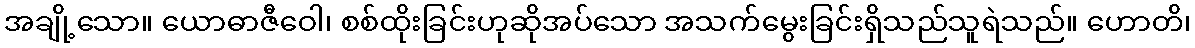
အချို့သော။ ယောဓာဇီဝေါ၊ စစ်ထိုးခြင်းဟုဆိုအပ်သော အသက်မွေးခြင်းရှိသည်သူရဲသည်။ ဟောတိ၊